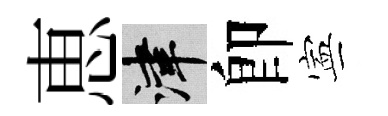
恵津卽寕